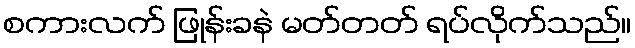
စကားလက် ဖြုန်းခနဲ မတ်တတ် ရပ်လိုက်သည်။